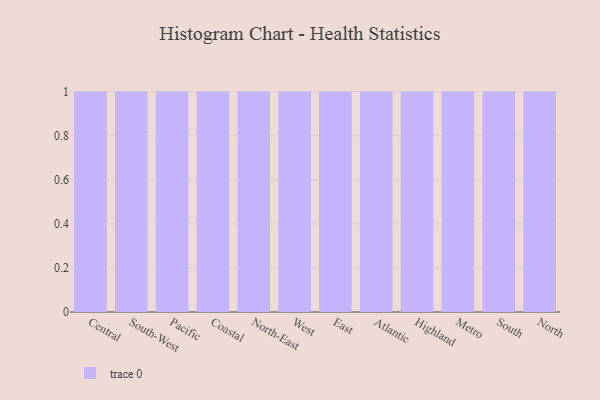
{"axis": {"x": "Region", "y": "Humidity (%)"}, "legend": [""], "data": [{"x": "Central", "y": 78, "type": ""}, {"x": "South-West", "y": 49, "type": ""}, {"x": "Pacific", "y": 96, "type": ""}, {"x": "Coastal", "y": 61, "type": ""}, {"x": "North-East", "y": 90, "type": ""}, {"x": "West", "y": 76, "type": ""}, {"x": "East", "y": 95, "type": ""}, {"x": "Atlantic", "y": 65, "type": ""}, {"x": "Highland", "y": 20, "type": ""}, {"x": "Metro", "y": 12, "type": ""}, {"x": "South", "y": 37, "type": ""}, {"x": "North", "y": 34, "type": ""}]}